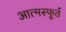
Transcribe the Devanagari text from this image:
आत्मस्फूर्त